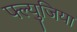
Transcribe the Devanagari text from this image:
फ्ल्युजिया